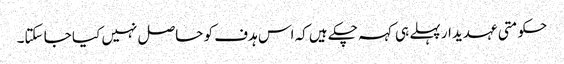
حکومتی عہدیدار پہلے ہی کہہ چکے ہیں کہ اس ہدف کو حاصل نہیں کیا جا سکتا۔